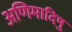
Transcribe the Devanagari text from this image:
अणिमादिषु